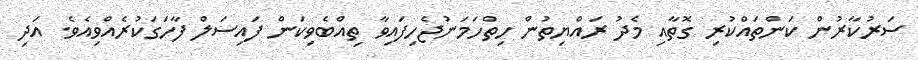
ސަރުކާރުން ކަންތައްކުރި ގޮތާއި މެދު ރައްޔިތުން ހިތްހަމަނުޖެހިފައިވާ ތިއްބެވިކަން ފައިސަލް ފާހަގަކުރެއްވިއެވެ. އަދި